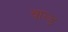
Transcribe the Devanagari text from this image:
चाल्ड